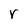
Character: r